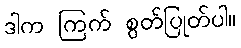
ဒါက ကြက် စွတ်ပြုတ်ပါ။